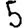
Digit: 5